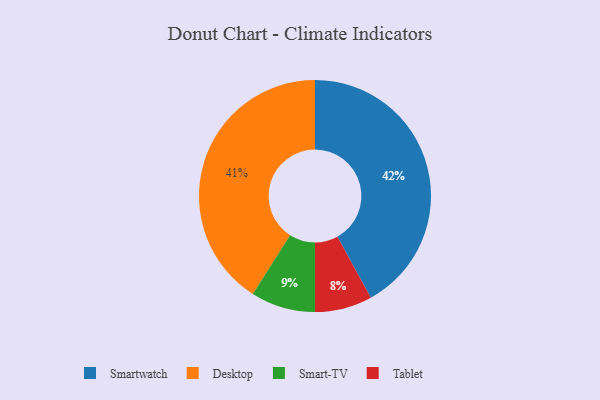
{"axis": {"x": "Category", "y": "Percentage"}, "legend": ["Desktop", "Smart-TV", "Smartwatch", "Tablet"], "data": [{"x": "Smartwatch", "y": 42, "type": "Smartwatch"}, {"x": "Smart-TV", "y": 9, "type": "Smart-TV"}, {"x": "Tablet", "y": 8, "type": "Tablet"}, {"x": "Desktop", "y": 41, "type": "Desktop"}]}